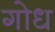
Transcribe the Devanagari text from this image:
गोध